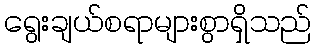
ရွေးချယ်စရာများစွာရှိသည်